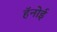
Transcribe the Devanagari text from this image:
हॅनोई